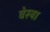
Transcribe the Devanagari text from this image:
वेस्त्रा